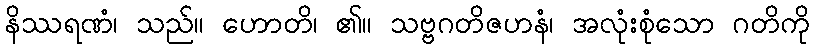
နိဿရဏံ၊ သည်။ ဟောတိ၊ ၏။ သဗ္ဗဂတိဇဟနံ၊ အလုံးစုံသော ဂတိကို